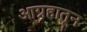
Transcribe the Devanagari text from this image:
आग्रहातून